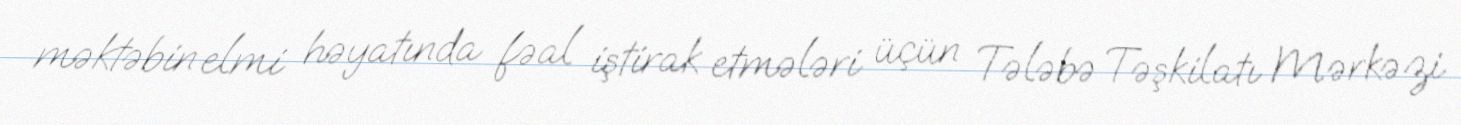
məktəbin elmi həyatında fəal iştirak etmələri üçün Tələbə Təşkilatı Mərkəzi